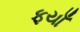
ફયાઁ